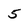
Character: 5